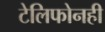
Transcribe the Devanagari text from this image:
टेलिफोनही